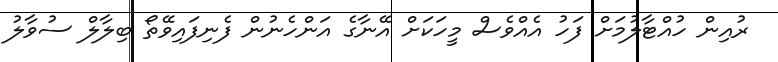
ރުއިން ހުއްޓާލުމަށް ފަހު އެއްވެސް މީހަކަށް އޭނާގެ އަންހެނުން ފެނިފައިވޭތޯ ބިލާލް ސުވާލު